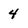
Character: 4